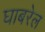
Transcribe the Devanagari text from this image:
घाबरेल